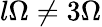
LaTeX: l\Omega\neq 3\Omega